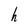
Character: h